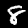
Digit: 8